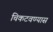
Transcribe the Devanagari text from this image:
चिकटवण्यास